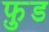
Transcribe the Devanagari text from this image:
फ़ु़ड